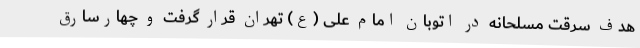
هدف سرقت مسلحانه در اتوبان امام علی (ع) تهران قرار گرفت و چهارسارق